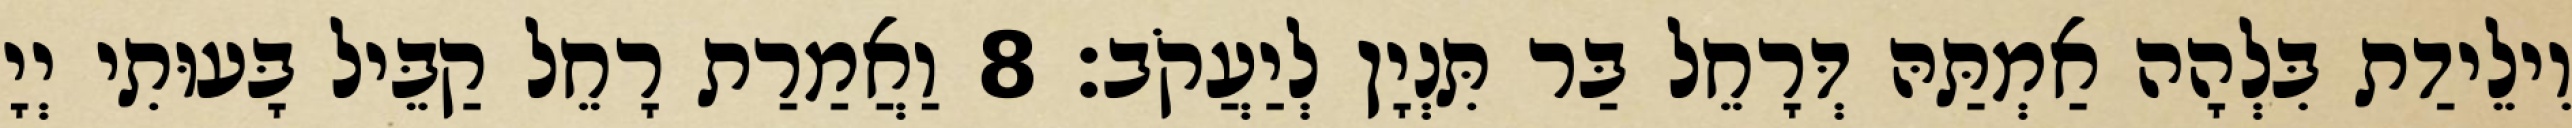
וִילֵידַת בִּלְהָה אַמְתַּהּ דְּרָחֵל בַּר תִּנְיָן לְיַעֲקֹב׃ 8 וַאֲמַרַת רָחֵל קַבֵּיל בָּעוּתִי יְיָ